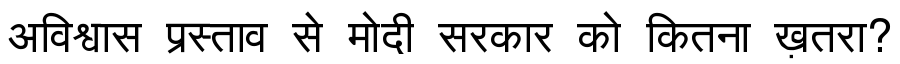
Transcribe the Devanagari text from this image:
अविश्वास प्रस्ताव से मोदी सरकार को कितना ख़तरा?